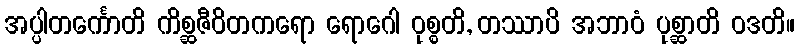
အပ္ပါတင်္ကောတိ ကိစ္ဆဇီဝိတကရော ရောဂေါ ဝုစ္စတိ, တဿာပိ အဘာဝံ ပုစ္ဆာတိ ဝဒတိ။